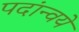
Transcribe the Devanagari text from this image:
पदांन्वये